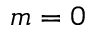
m = 0